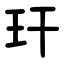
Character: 玕